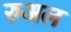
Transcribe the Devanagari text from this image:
रुअल